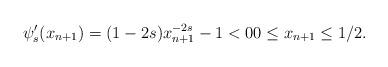
LaTeX: \begin{align*}\psi_{s}'(x_{n+1}) = (1-2s)x_{n+1}^{-2s} - 1 < 0 0 \le x_{n+1} \le 1/2.\end{align*}